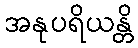
အနုပရိယန္တိ